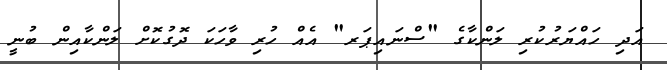
އަދި ހައްޔަރުކުރި ލަންކާގެ "ސްނައިޕަރ" އެއް ހުރި ވާހަކަ ދޮގުކޮށް ލަންކާއިން ބުނީ